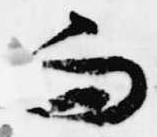
而